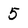
Character: 5